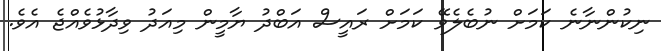
ނިކުންނާނެ ކަމަށް ނުބެލެވޭ ކަމަށް ރައީސް އަބްދު ޔާމީން މިއަދު ވިދާޅުވެއްޖެ އެވެ.